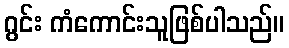
ဂွင်း ကံကောင်းသူဖြစ်ပါသည်။